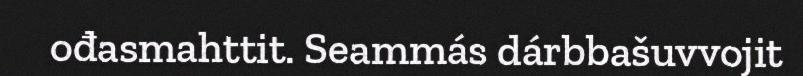
ođasmahttit. Seammás dárbbašuvvojit